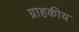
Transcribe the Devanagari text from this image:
ग्राहकीय